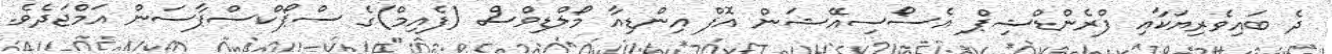
ދެ ބައިވެރިޔަކާއި ފްރެންޑްޝިޕް އެސޯސިއޭޝަން އޮފް އިންޑިއާ މޯލްޑިވްސް (ފެއިމް)ގެ ސްޕޯކްސްޕާސަން އަމްޖަދެވެ.